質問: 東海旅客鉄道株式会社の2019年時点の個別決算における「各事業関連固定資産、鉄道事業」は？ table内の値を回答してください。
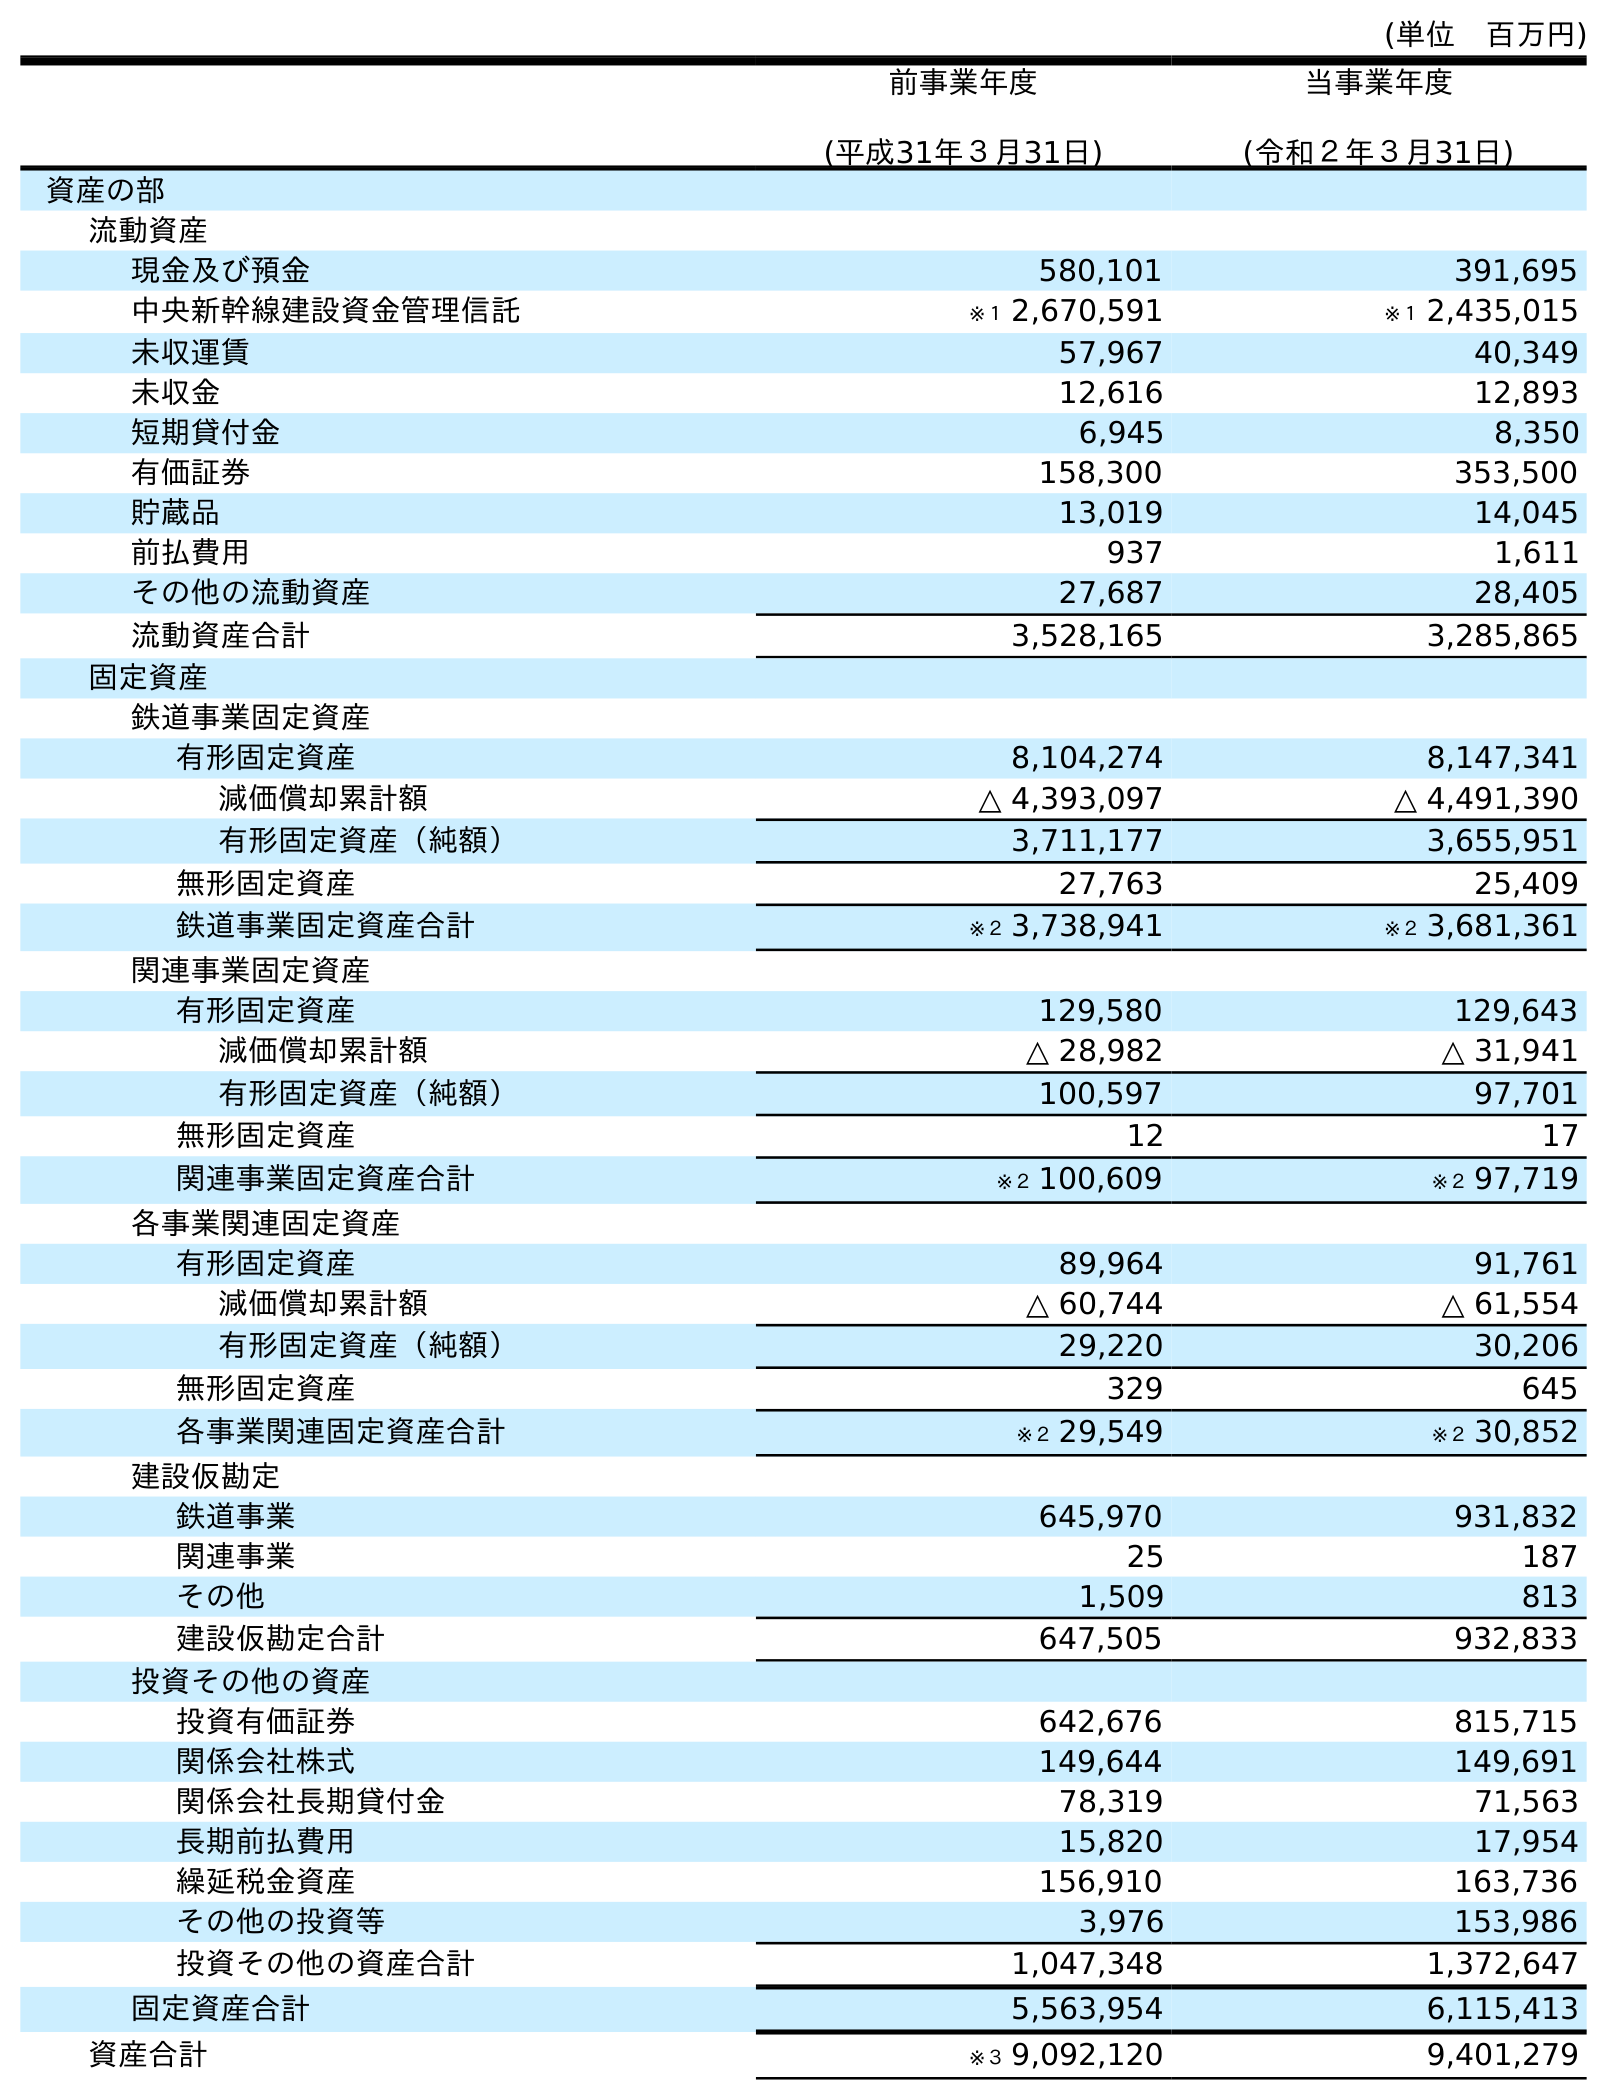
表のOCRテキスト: (単位 百万円) 前事業年度 (平成31年３月31日) 当事業年度 (令和２年３月31日) 資産の部 流動資産 現金及び預金 580,101 391,695 中央新幹線建設資金管理信託 ※１ 2,670,591 ※１ 2,435,015 未収運賃 57,967 40,349 未収金 12,616 12,893 短期貸付金 6,945 8,350 有価証券 158,300 353,500 貯蔵品 13,019 14,045 前払費用 937 1,611 その他の流動資産 27,687 28,405 流動資産合計 3,528,165 3,285,865 固定資産 鉄道事業固定資産 有形固定資産 8,104,274 8,147,341 減価償却累計額 △ 4,393,097 △ 4,491,390 有形固定資産（純額） 3,711,177 3,655,951 無形固定資産 27,763 25,409 鉄道事業固定資産合計 ※２ 3,738,941 ※２ 3,681,361 関連事業固定資産 有形固定資産 129,580 129,643 減価償却累計額 △ 28,982 △ 31,941 有形固定資産（純額） 100,597 97,701 無形固定資産 12 17 関連事業固定資産合計 ※２ 100,609 ※２ 97,719 各事業関連固定資産 有形固定資産 89,964 91,761 減価償却累計額 △ 60,744 △ 61,554 有形固定資産（純額） 29,220 30,206 無形固定資産 329 645 各事業関連固定資産合計 ※２ 29,549 ※２ 30,852 建設仮勘定 鉄道事業 645,970 931,832 関連事業 25 187 その他 1,509 813 建設仮勘定合計 647,505 932,833 投資その他の資産 投資有価証券 642,676 815,715 関係会社株式 149,644 149,691 関係会社長期貸付金 78,319 71,563 長期前払費用 15,820 17,954 繰延税金資産 156,910 163,736 その他の投資等 3,976 153,986 投資その他の資産合計 1,047,348 1,372,647 固定資産合計 5,563,954 6,115,413 資産合計 ※３ 9,092,120 9,401,279
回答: ※２29,549